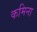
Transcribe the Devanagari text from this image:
कमिना